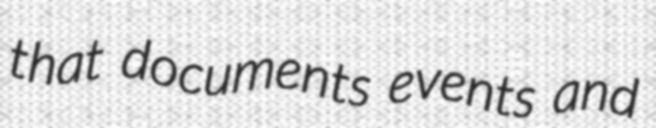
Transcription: that documents events and